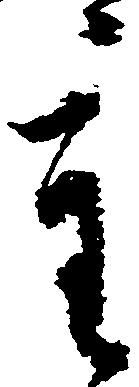
重